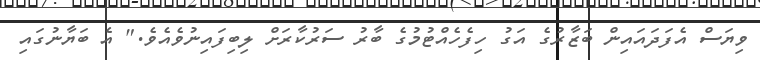
ވިޔަސް އެފަދައައިން ބަޒާރުގެ އަގު ހިފެހެއްޓުމުގެ ބާރު ސަރުކާރަށް ލިބިފައިނުވެއެވެ." އެ ބަޔާނުގައި